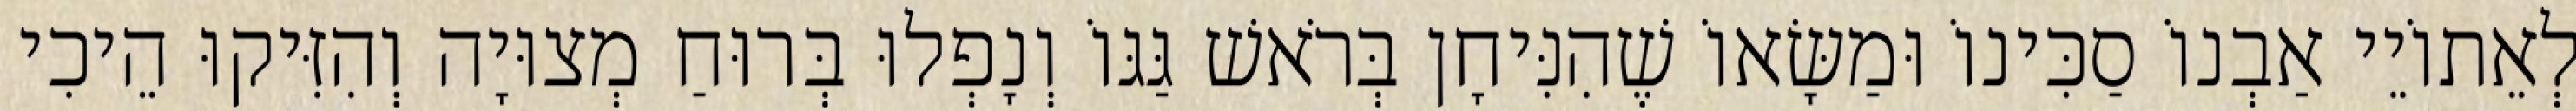
לְאֵתוֹיֵי אַבְנוֹ סַכִּינוֹ וּמַשָּׂאוֹ שֶׁהִנִּיחָן בְּרֹאשׁ גַּגּוֹ וְנָפְלוּ בְּרוּחַ מְצוּיָה וְהִזִּיקוּ הֵיכִי